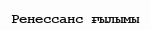
Ренессанс ғылымы